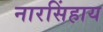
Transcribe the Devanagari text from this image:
नारसिंहाय